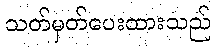
သတ်မှတ်ပေးထားသည်